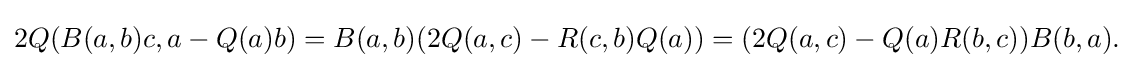
\displaystyle {2Q(B(a,b)c,a-Q(a)b)=B(a,b)(2Q(a,c)-R(c,b)Q(a))=(2Q(a,c)-Q(a)R(b,c))B(b,a).}